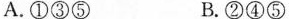
A.①③⑤ B.②④⑤